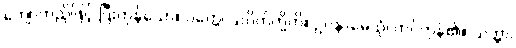
ကျောက်ညိုဖြင့် ပြီးကုန်သော။ ပတ္တေ၊ သပိတ်တို့ကို။ ဥပနာမေသုံ၊ ကပ်ကုန်၏။ သတ္ထာ၊